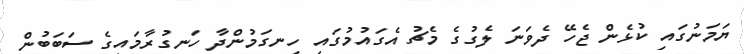
ޔަމަނުގައި ކުޅެން ޖެހޭ ދެވަނަ ލެގުގެ މެޗު އެގައުމުގައި ހިނގަމުންދާ ހަނގުރާމައިގެ ސަބަބުން